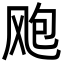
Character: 飑